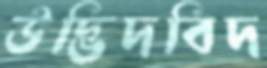
উদ্ভিদবিদ